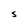
Character: S